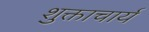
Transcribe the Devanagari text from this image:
शुक्ताचार्य